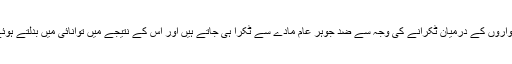
لیکن آلودگی اور دیواروں کے درمیان ٹکرانے کی وجہ سے ضد جوہر عام مادے سے ٹکرا ہی جاتے ہیں اور اس کے نتیجے میں توانائی میں بدلتے ہوئے فنا ہو جاتے ہیں۔